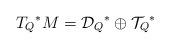
LaTeX: \begin{align*}{T_Q}^*M = {{\cal D}_Q}^* \oplus {{\cal T}_Q}^* \end{align*}